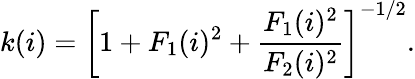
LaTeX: k(i)=\left[1+F_{1}(i)^{2}+\frac{F_{1}(i)^{2}}{F_{2}(i)^{2}}\right]^{-1/2}.